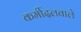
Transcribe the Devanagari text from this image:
कर्मीदलवाले